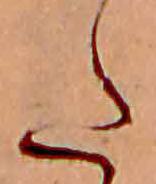
た